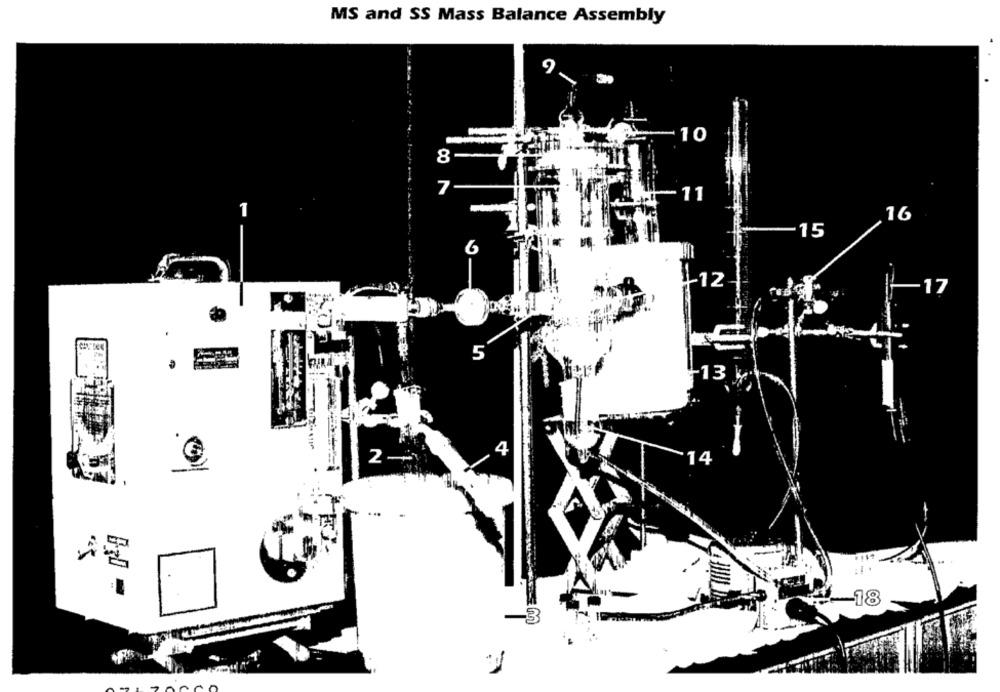
MS and SS Mass Balance Assembly
9
10
8
7
-11
16
15
6
-12
17
5
13
4
2 -
14
-18
3